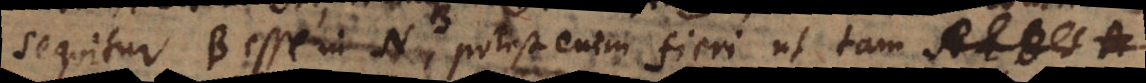
sequitur B esse in N, potest enim fieri ut tam